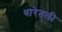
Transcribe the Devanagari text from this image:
धारेतली